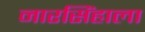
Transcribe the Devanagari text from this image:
नारसिंहाला